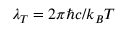
\lambda _ { T } = 2 \pi \hbar c / k _ { B } T